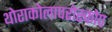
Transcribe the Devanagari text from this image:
थोराकोलापरोस्कोप